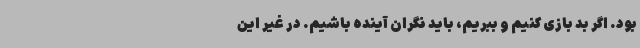
بود. اگر بد بازی کنیم و ببریم، باید نگران آینده باشیم. در غیر این